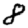
Digit: 8